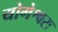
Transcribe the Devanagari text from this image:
योगेश्वरः